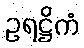
ဥရဋ္ဌိကံ